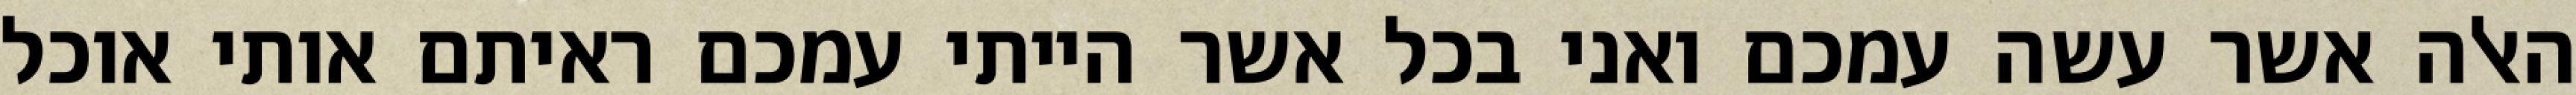
האלה אשר עשה עמכם ואני בכל אשר הייתי עמכם ראיתם אותי אוכל